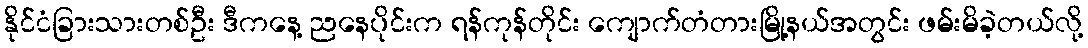
နိုင်ငံခြားသားတစ်ဦး ဒီကနေ့ ညနေပိုင်းက ရန်ကုန်တိုင်း ကျောက်တံတားမြို့နယ်အတွင်း ဖမ်းမိခဲ့တယ်လို့